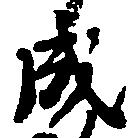
成